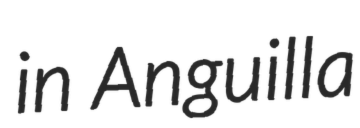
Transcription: in Anguilla